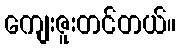
ကျေးဇူးတင်တယ်။